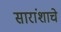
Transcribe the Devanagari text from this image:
सारांशाचे